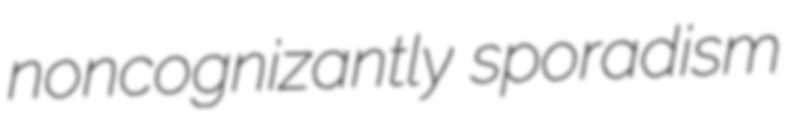
noncognizantly sporadism